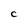
Character: C